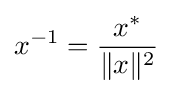
x^{-1}={\frac {x^{*}}{\|x\|^{2}}}~